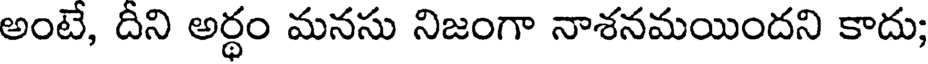
అంటే, దీని అర్థం మనసు నిజంగా నాశనమయిందని కాదు;